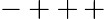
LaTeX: -++\, +